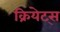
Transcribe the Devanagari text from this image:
क्रियेट्स